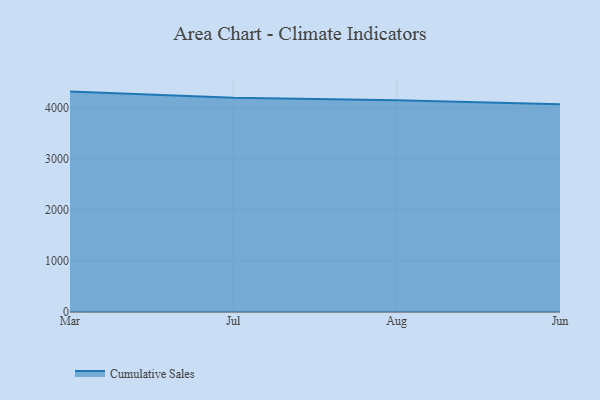
{"axis": {"x": "Month", "y": "Customer Acquisition Cost (USD)"}, "legend": ["Cumulative Sales"], "data": [{"x": "Mar", "y": 4318.9, "type": "Cumulative Sales"}, {"x": "Jul", "y": 4196.4, "type": "Cumulative Sales"}, {"x": "Aug", "y": 4147.6, "type": "Cumulative Sales"}, {"x": "Jun", "y": 4073.0, "type": "Cumulative Sales"}]}